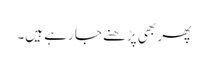
پھر بھی پڑھنے جا رہے ہیں۔